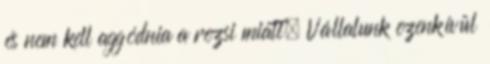
és nem kell aggódnia a rezsi miatt. Vállalunk ezenkívül